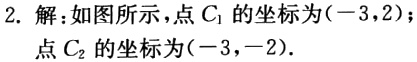
2. 解：如图所示，点\(C_1\)的坐标为\((-3,2)\)；点\(C_2\)的坐标为\((-3,-2)\)．